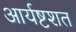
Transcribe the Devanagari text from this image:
आर्यष्टशत